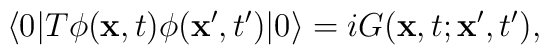
\langle 0|T\phi({\bf x},t)\phi({\bf x'},t')|0\rangle=iG({\bf x},t;{\bf x}',t'),